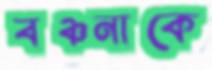
বঞ্চনাকে